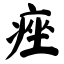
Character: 痤